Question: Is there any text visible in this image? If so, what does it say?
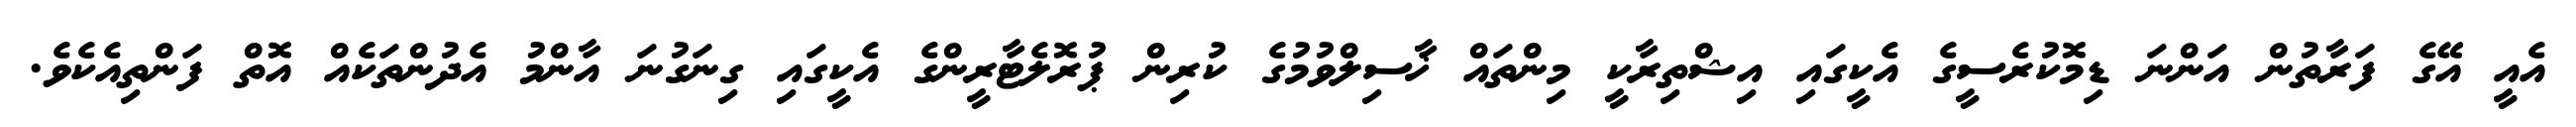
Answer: އެއީ އޭގެ ފަރާތުން އަންނަ ޑިމޮކުރެސީގެ އެކީގައި އިޝްތިރާކީ މިންތައް ޚާސިލްވުމުގެ ކުރިން ޕުރޮލެޓާރީންގެ އެކީގައި ގިނަގުނަ އާންމު އެދުންތަކެއް އޮތް ފަންތިއެކެވެ.